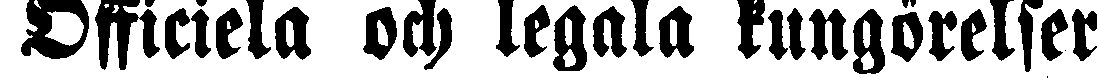
Officiela och legala kungörelser